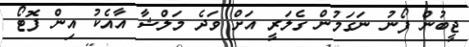
ޖީބުން ފޯނު ނަގަމުން ގެލަރީ އަށް ވަދެ މަލްޝާ އާއެކު އިން ފޮޓޯ